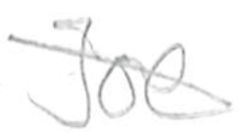
Text: Joe
Cross-out: diagonal
Writing tool: pencil